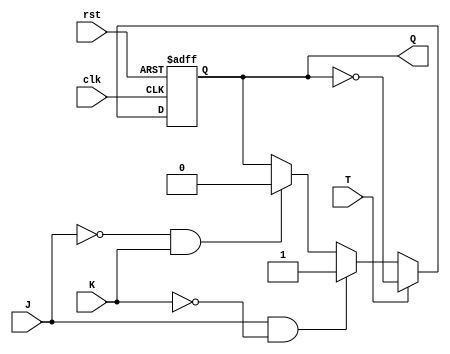
module TJK_flipflop (
    input clk,     // Clock input
    input rst,     // Reset input
    input T,       // Toggle input
    input J,       // J input
    input K,       // K input
    output reg Q    // Flip-flop output
);

always @(posedge clk or posedge rst) begin
    if (rst) begin
        Q <= 1'b0;   // Reset flip-flop to 0
    end else begin
        if (T) begin
            Q <= ~Q;  // Toggle Q when T is 1
        end else begin
            if (J && ~K) begin
                Q <= 1'b1;  // Force Q to 1
            end else if (~J && K) begin
                Q <= 1'b0;  // Force Q to 0
            end
        end
    end
end

endmodule